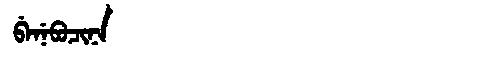
Manchu: ᠪᡝᠨᡝᠪᡠᠴᡳᠨᠠ
Romanization: BENEBUCINA